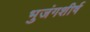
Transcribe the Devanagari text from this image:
भुजंगशीर्ष